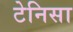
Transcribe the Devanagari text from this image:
टेनिसा